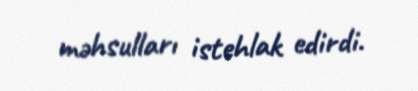
məhsulları istehlak edirdi.